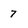
Character: 7